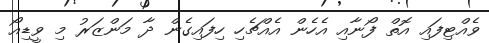
ވެއްޓިފައި އޮތް ފޯނާއި އެހެން އެއްޗެހި ހިފައިގެން ދާ މަންޒަރު މި ވީޑިއޯ